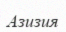
Азизия